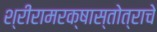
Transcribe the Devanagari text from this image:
श्रीरामरक्षास्तोत्राचे